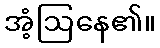
အံ့ဩနေ၏။